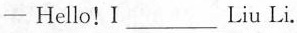
— Hello!I___Liu Li.